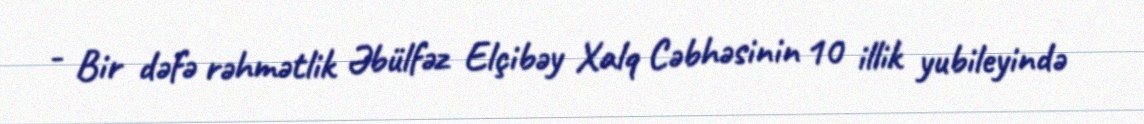
- Bir dəfə rəhmətlik Əbülfəz Elçibəy Xalq Cəbhəsinin 10 illik yubileyində